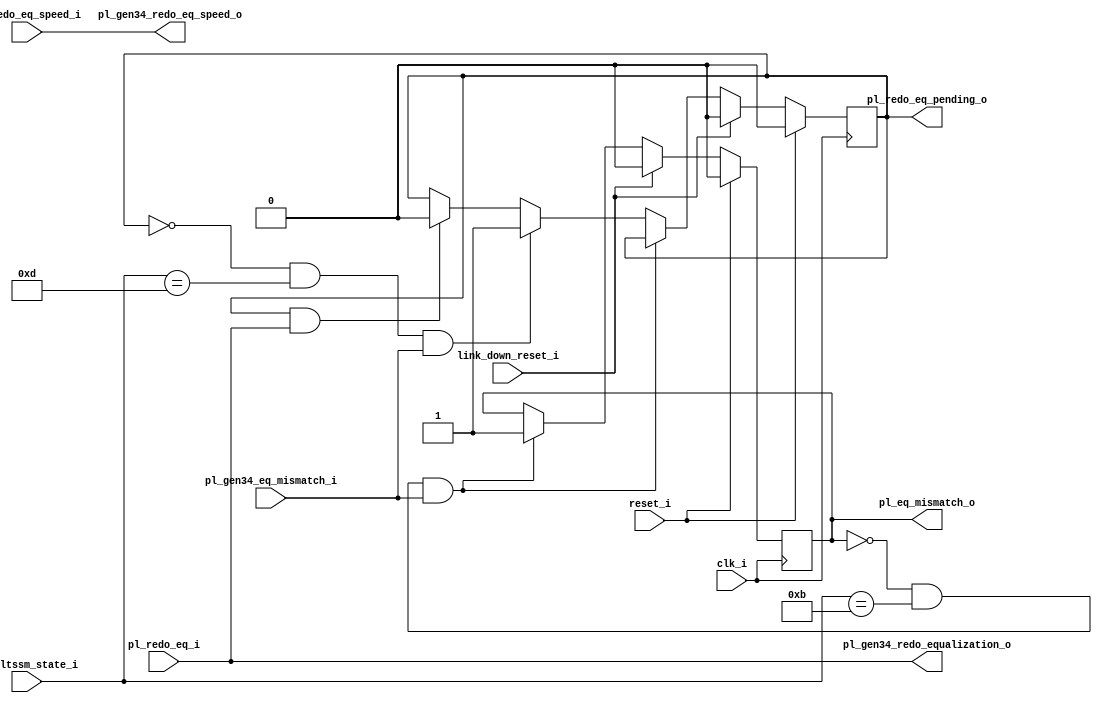
//-----------------------------------------------------------------------------
//
// (c) Copyright 2012-2012 Xilinx, Inc. All rights reserved.
//
// This file contains confidential and proprietary information
// of Xilinx, Inc. and is protected under U.S. and
// international copyright and other intellectual property
// laws.
//
// DISCLAIMER
// This disclaimer is not a license and does not grant any
// rights to the materials distributed herewith. Except as
// otherwise provided in a valid license issued to you by
// Xilinx, and to the maximum extent permitted by applicable
// law: (1) THESE MATERIALS ARE MADE AVAILABLE "AS IS" AND
// WITH ALL FAULTS, AND XILINX HEREBY DISCLAIMS ALL WARRANTIES
// AND CONDITIONS, EXPRESS, IMPLIED, OR STATUTORY, INCLUDING
// BUT NOT LIMITED TO WARRANTIES OF MERCHANTABILITY, NON-
// INFRINGEMENT, OR FITNESS FOR ANY PARTICULAR PURPOSE; and
// (2) Xilinx shall not be liable (whether in contract or tort,
// including negligence, or under any other theory of
// liability) for any loss or damage of any kind or nature
// related to, arising under or in connection with these
// materials, including for any direct, or any indirect,
// special, incidental, or consequential loss or damage
// (including loss of data, profits, goodwill, or any type of
// loss or damage suffered as a result of any action brought
// by a third party) even if such damage or loss was
// reasonably foreseeable or Xilinx had been advised of the
// possibility of the same.
//
// CRITICAL APPLICATIONS
// Xilinx products are not designed or intended to be fail-
// safe, or for use in any application requiring fail-safe
// performance, such as life-support or safety devices or
// systems, Class III medical devices, nuclear facilities,
// applications related to the deployment of airbags, or any
// other applications that could lead to death, personal
// injury, or severe property or environmental damage
// (individually and collectively, "Critical
// Applications"). Customer assumes the sole risk and
// liability of any use of Xilinx products in Critical
// Applications, subject only to applicable laws and
// regulations governing limitations on product liability.
//
// THIS COPYRIGHT NOTICE AND DISCLAIMER MUST BE RETAINED AS
// PART OF THIS FILE AT ALL TIMES.
//
//-----------------------------------------------------------------------------
//
// Project    : UltraScale+ FPGA PCI Express v4.0 Integrated Block
// Version    : 1.3 
//-----------------------------------------------------------------------------
//--------------------------------------------------------------------------------------------------
`timescale 1ps/1ps

(* DowngradeIPIdentifiedWarnings = "yes" *)
module xdma_0_pcie4_ip_pl_eq #(
    parameter             TCQ = 100
   ,parameter             IMPL_TARGET = "SOFT"
   ,parameter             PL_UPSTREAM_FACING="TRUE"
  ) (
   
    input  wire           clk_i
   ,input  wire           reset_i
   ,input  wire           link_down_reset_i

   ,input  wire [5:0]     cfg_ltssm_state_i
   ,input  wire           pl_redo_eq_i
   ,input  wire           pl_redo_eq_speed_i
   ,output reg            pl_eq_mismatch_o
   ,output reg            pl_redo_eq_pending_o
   
   ,output wire           pl_gen34_redo_equalization_o
   ,output wire           pl_gen34_redo_eq_speed_o
   ,input  wire           pl_gen34_eq_mismatch_i
   );

   reg                    pl_eq_mismatch_w;
   reg                    pl_redo_eq_pending_w;

   generate  
  
     if (PL_UPSTREAM_FACING == "TRUE") begin 

       always @(*) begin

         pl_eq_mismatch_w = pl_eq_mismatch_o;
         pl_redo_eq_pending_w = pl_redo_eq_pending_o;
    
         if (!pl_eq_mismatch_o && (cfg_ltssm_state_i[5:0] == 6'h0B) && pl_gen34_eq_mismatch_i) begin
    
           pl_eq_mismatch_w = 1'b1;
    
         end else if (!pl_redo_eq_pending_o && (cfg_ltssm_state_i[5:0] == 6'h0D) && pl_gen34_eq_mismatch_i) begin
    
           pl_redo_eq_pending_w = 1'b1;
      
         end else if (pl_redo_eq_pending_o && pl_redo_eq_i) begin
    
           pl_redo_eq_pending_w = 1'b0;
    
         end
    
       end

     end else begin // PL_UPSTREAM_FACING == FALSE
 
       always @(*) begin

         pl_eq_mismatch_w = pl_gen34_eq_mismatch_i;
         pl_redo_eq_pending_w = 1'b0;

       end

     end

   endgenerate
   
   always @(posedge clk_i) begin

     if (reset_i) begin

       pl_eq_mismatch_o <= #(TCQ) 1'b0;
       pl_redo_eq_pending_o <= #(TCQ) 1'b0;

     end else if (link_down_reset_i) begin   

       pl_eq_mismatch_o <= #(TCQ) 1'b0;
       pl_redo_eq_pending_o <= #(TCQ) 1'b0;

     end else begin
     
       pl_eq_mismatch_o <= #(TCQ) pl_eq_mismatch_w;
       pl_redo_eq_pending_o <= #(TCQ) pl_redo_eq_pending_w;

     end

   end

   assign pl_gen34_redo_equalization_o = pl_redo_eq_i;
   assign pl_gen34_redo_eq_speed_o = pl_redo_eq_speed_i;

endmodule // pcie_4_0_pl_eq